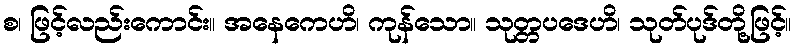
စ၊ ဖြင့်လည်းကောင်း။ အနေကေဟိ၊ ကုန်သော။ သုတ္တပဒေဟိ၊ သုတ်ပုဒ်တို့ဖြင့်။